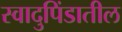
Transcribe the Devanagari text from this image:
स्वादुपिंडातील